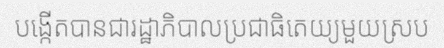
បង្កើតបានជារដ្ឋាភិបាលប្រជាធិតេយ្យមួយស្រប